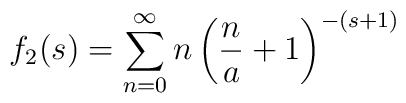
f_2(s) =\sum_{n=0}^\infty n \left(\frac{n}{a}+1\right)^{-(s+1)}